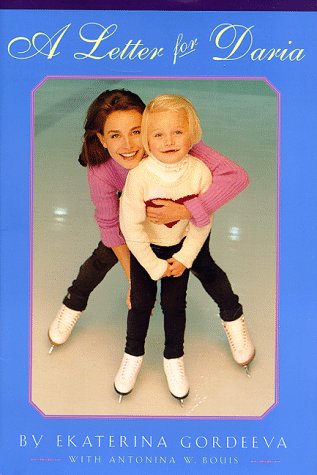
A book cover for A Letter for Daria; Ekaterina Gordeeva; Sports & Outdoors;